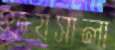
ফয়সালা